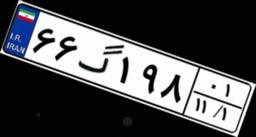
۶۶گ۱۹۸۰۱